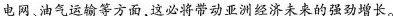
电网、油气运输等方面，这必将带动亚洲经济未来的强劲增长。